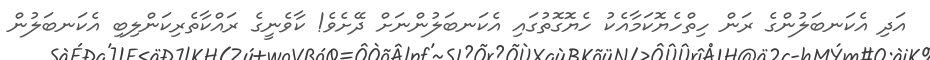
އަދި އެކަނބަލުންގެ ރަން ހިތްހެޔޮކަމާއެކު ހެޔޮގޮތުގައި އެކަނބަލުންނަށް ދޭށެވެ! ކާވެނީގެ ރައްކާތެރިކަންލިބި އެކަނބަލުން